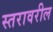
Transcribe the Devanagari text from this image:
स्‍तरावरील